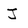
Character: J